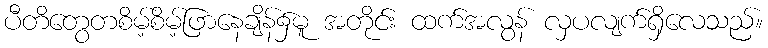
ပီတိတွေတစိမ့်စိမ့်ဖြာနေချိန်၌မူ အတိုင်း ထက်အလွန် လှပလျက်ရှိလေသည်။